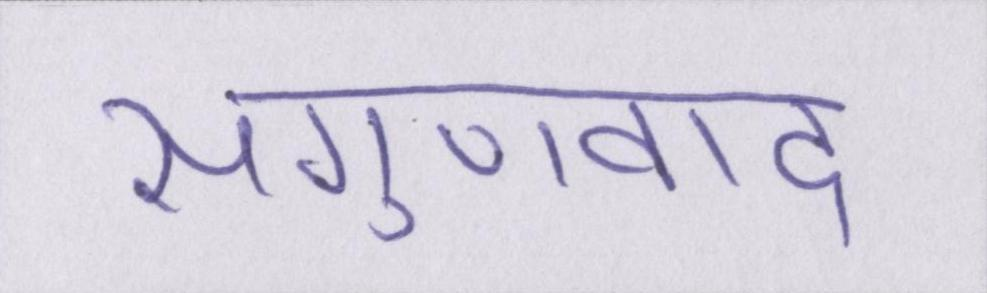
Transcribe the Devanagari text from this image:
सगुणवाद